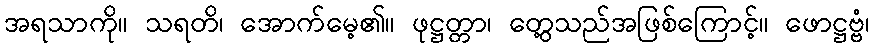
အရသာကို။ သရတိ၊ အောက်မေ့၏။ ဖုဋ္ဌတ္တာ၊ တွေ့သည်အဖြစ်ကြောင့်။ ဖောဋ္ဌဗ္ဗံ၊